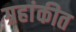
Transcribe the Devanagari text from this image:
ग्रहांकीत